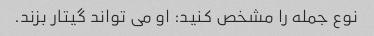
نوع جمله را مشخص کنید: او می تواند گیتار بزند.